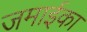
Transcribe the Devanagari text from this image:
जमाईका